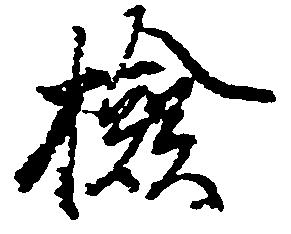
検